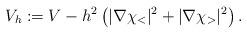
LaTeX: \begin{align*}V_h := V-h^2\left(|\nabla\chi_<|^2+|\nabla\chi_>|^2\right).\end{align*}